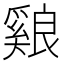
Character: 𦫑